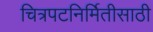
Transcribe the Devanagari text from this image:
चित्रपटनिर्मितीसाठी